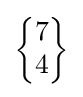
{\begin{Bmatrix}7\\4\end{Bmatrix}}